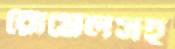
রোমেলসহ